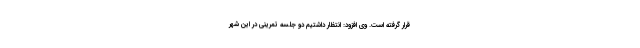
قرار گرفته است. وی افزود: انتظار داشتیم دو جلسه تمرینی در این شهر